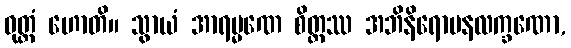
ဝုတ္တံ ဟောတိ။ သွာယံ အာရမ္မဏေ စိတ္တဿ အဘိနိရောပနလက္ခဏော,